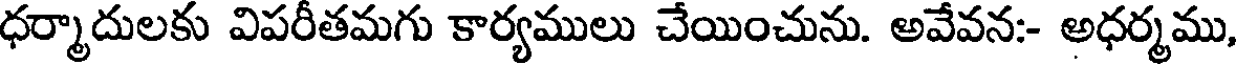
ధర్మాదులకు విపరీతమగు కార్యములు చేయించును. అవేవన:- అధర్మము,